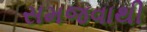
સમજવાથી